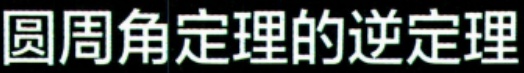
圆周角定理的逆定理